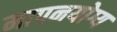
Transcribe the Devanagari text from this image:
मापनयोग्य